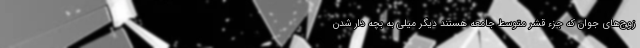
زوج‌های جوان که جزء قشر متوسط جامعه هستند دیگر میلی به بچه دار شدن